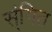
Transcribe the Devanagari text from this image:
स्ंगित